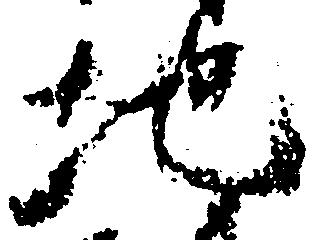
地